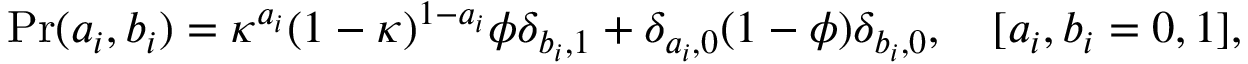
\mathrm { P r } ( a _ { i } , b _ { i } ) = \kappa ^ { a _ { i } } ( 1 - \kappa ) ^ { 1 - a _ { i } } \phi \delta _ { b _ { i } , 1 } + \delta _ { a _ { i } , 0 } ( 1 - \phi ) \delta _ { b _ { i } , 0 } , \quad [ a _ { i } , b _ { i } = 0 , 1 ] ,